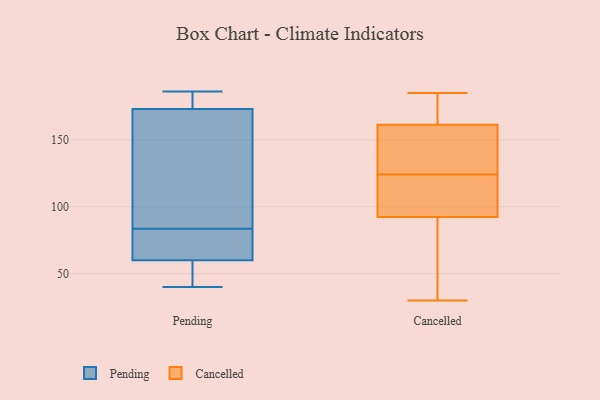
{"axis": {"x": "Demand Index", "y": "Value"}, "legend": ["Cancelled", "Pending"], "data": [{"x": "", "y": 40, "type": "Pending"}, {"x": "", "y": 130, "type": "Pending"}, {"x": "", "y": 186, "type": "Pending"}, {"x": "", "y": 51, "type": "Pending"}, {"x": "", "y": 173, "type": "Pending"}, {"x": "", "y": 183, "type": "Pending"}, {"x": "", "y": 60, "type": "Pending"}, {"x": "", "y": 72, "type": "Pending"}, {"x": "", "y": 81, "type": "Pending"}, {"x": "", "y": 86, "type": "Pending"}, {"x": "", "y": 185, "type": "Cancelled"}, {"x": "", "y": 140, "type": "Cancelled"}, {"x": "", "y": 30, "type": "Cancelled"}, {"x": "", "y": 132, "type": "Cancelled"}, {"x": "", "y": 128, "type": "Cancelled"}, {"x": "", "y": 157, "type": "Cancelled"}, {"x": "", "y": 110, "type": "Cancelled"}, {"x": "", "y": 183, "type": "Cancelled"}, {"x": "", "y": 120, "type": "Cancelled"}, {"x": "", "y": 93, "type": "Cancelled"}, {"x": "", "y": 61, "type": "Cancelled"}, {"x": "", "y": 124, "type": "Cancelled"}, {"x": "", "y": 174, "type": "Cancelled"}, {"x": "", "y": 90, "type": "Cancelled"}, {"x": "", "y": 174, "type": "Cancelled"}, {"x": "", "y": 106, "type": "Cancelled"}, {"x": "", "y": 89, "type": "Cancelled"}]}